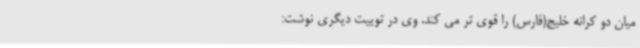
میان دو کرانه خلیج(فارس) را قوی تر می کند. وی در توییت دیگری نوشت: